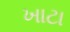
ખાટા